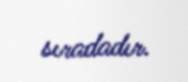
sıradadır.